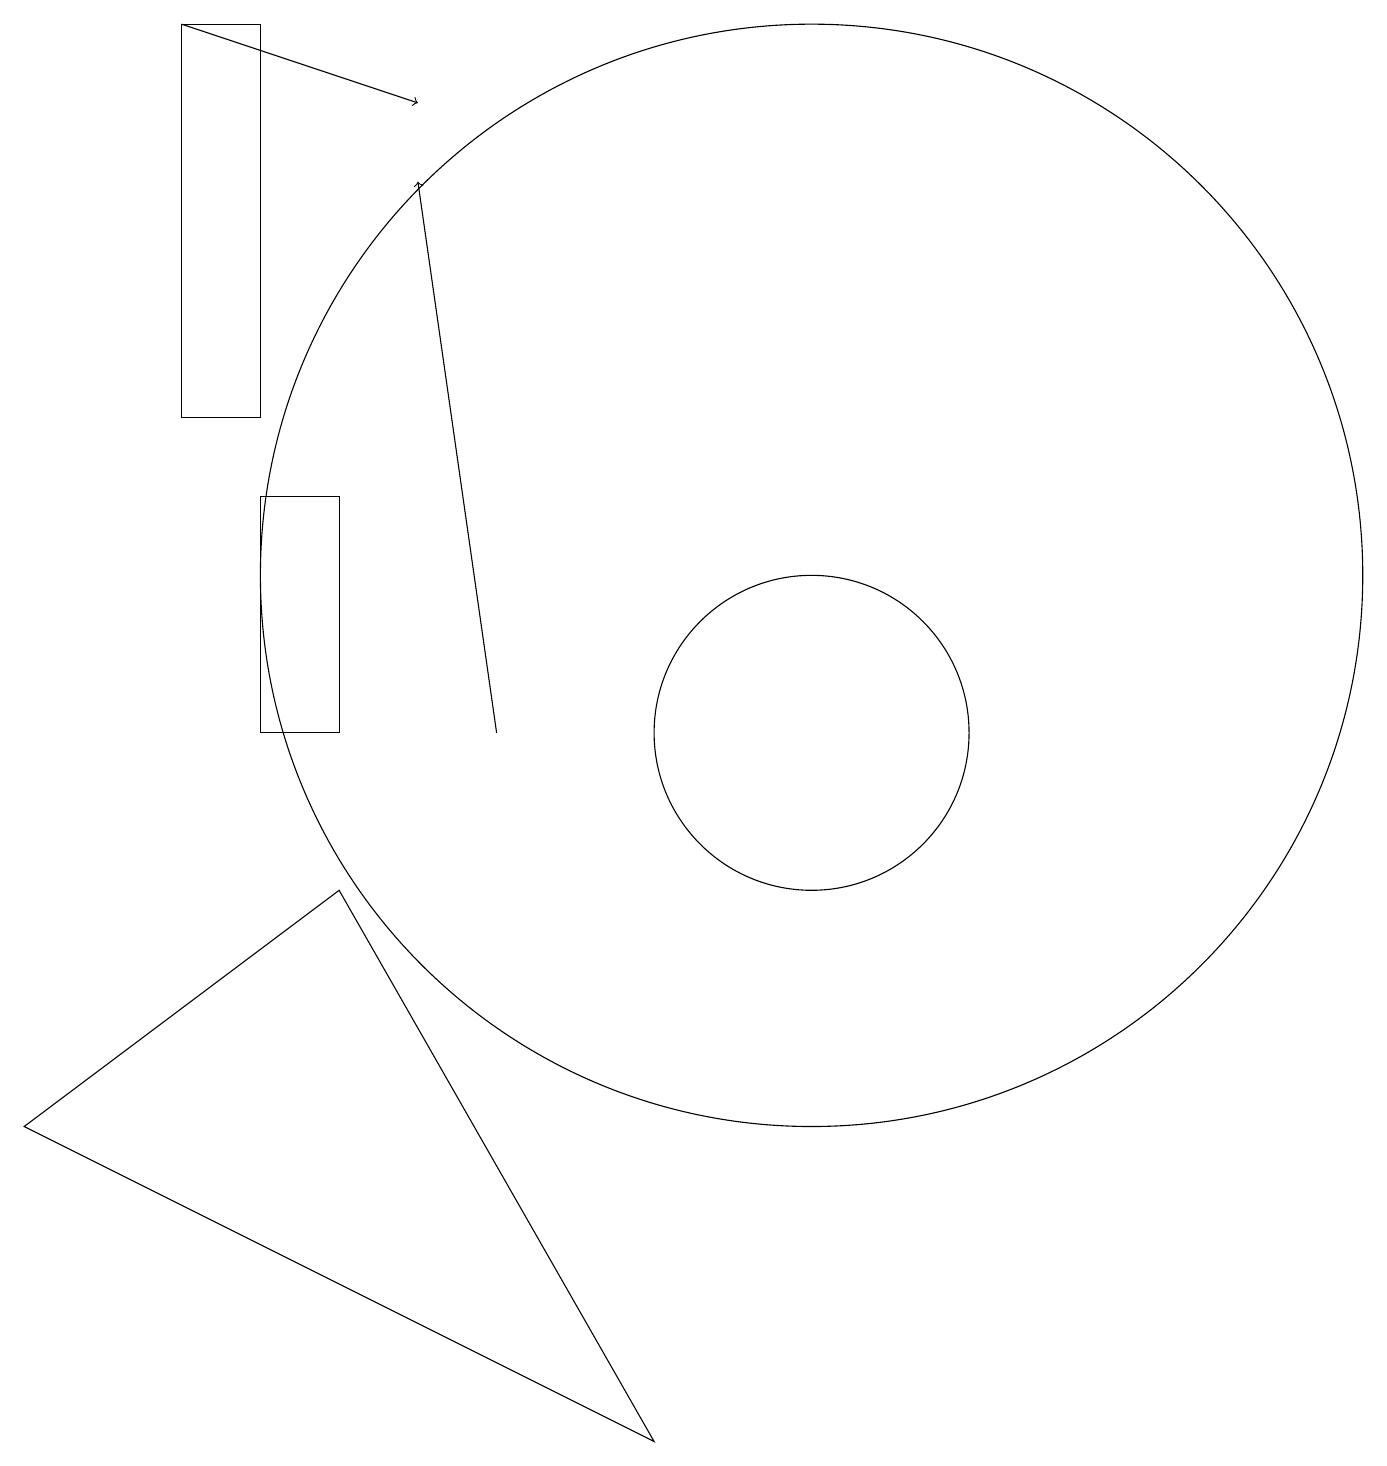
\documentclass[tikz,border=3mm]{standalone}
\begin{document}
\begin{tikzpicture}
\draw[->] (2,19) -- (5,18);
\draw (10,12) circle (7);
\draw[->] (6,10) -- (5,17);
\draw (10,10) circle (2);
\draw (8,1) -- (4,8) -- (0,5) -- cycle;
\draw (3,10) rectangle (4,13);
\draw (2,19) rectangle (3,14);
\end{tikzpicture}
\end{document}